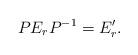
LaTeX: \begin{align*}PE_rP^{-1}=E_r'.\end{align*}